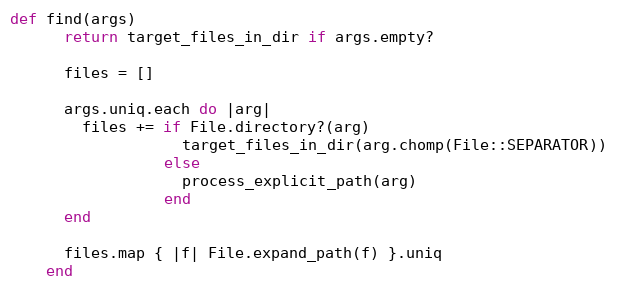
Language: Ruby
def find(args)
      return target_files_in_dir if args.empty?

      files = []

      args.uniq.each do |arg|
        files += if File.directory?(arg)
                   target_files_in_dir(arg.chomp(File::SEPARATOR))
                 else
                   process_explicit_path(arg)
                 end
      end

      files.map { |f| File.expand_path(f) }.uniq
    end